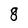
Character: 8